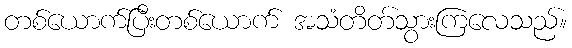
တစ်ယောက်ပြီးတစ်ယောက် အသံတိတ်သွားကြလေသည်။